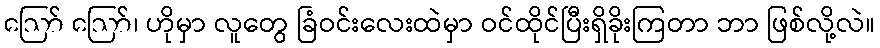
ဪ ဪ၊ ဟိုမှာ လူတွေ ခြံဝင်းလေးထဲမှာ ဝင်ထိုင်ပြီးရှိခိုးကြတာ ဘာ ဖြစ်လို့လဲ။